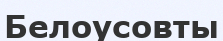
Белоусовты